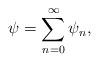
LaTeX: \begin{align*}\psi=\sum\sb{n=0}\sp{\infty}\psi_n,\end{align*}